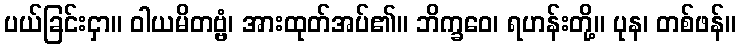
ပယ်ခြင်းငှာ။ ဝါယမိတဗ္ဗံ၊ အားထုတ်အပ်၏။ ဘိက္ခဝေ၊ ရဟန်းတို့။ ပုန၊ တစ်ဖန်။